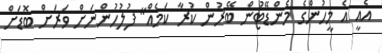
އެއީ އެ މީހުންގެ މެންޑޭޓުން ބޭރުން ކުރާ ކަމެއް" ފުލުހުންނަށް ވަރަށް ބޮޑަށް